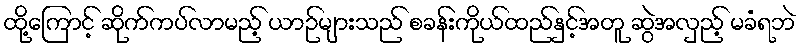
ထို့ကြောင့် ဆိုက်ကပ်လာမည့် ယာဉ်များသည် စခန်းကိုယ်ထည်နှင့်အတူ ဆွဲအလှည့် မခံရဘဲ